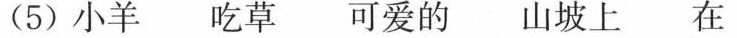
(5) 小羊 吃草 可爱的 山坡上 在